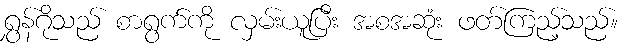
ရွှန်ဂိုသည် စာရွက်ကို လှမ်းယူပြီး အစအဆုံး ဖတ်ကြည့်သည်။